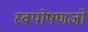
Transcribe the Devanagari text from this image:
स्वपोषणजों